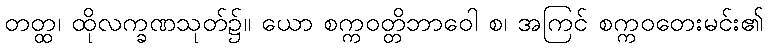
တတ္ထ၊ ထိုလက္ခဏသုတ်၌။ ယော စက္ကဝတ္တိဘာဝေါ စ၊ အကြင် စက္ကဝတေးမင်း၏